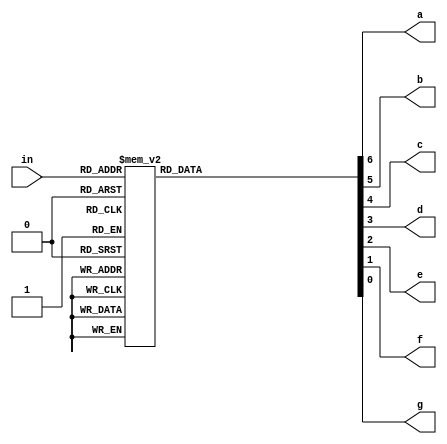
module sevenDisplay(in, a, b, c, d, e, f, g);

input [3:0] in;
output reg a, b, c, d, e, f, g;

always@(in)
begin
    case(in) 
        				            //abcdefg
		4'b0000: {a,b,c,d,e,f,g} = 7'b0000001; //0
		4'b0001: {a,b,c,d,e,f,g} = 7'b1001111; //1
		4'b0010: {a,b,c,d,e,f,g} = 7'b0010010; //2
		4'b0011: {a,b,c,d,e,f,g} = 7'b0000110; //3
		4'b0100: {a,b,c,d,e,f,g} = 7'b1001100; //4
		4'b0101: {a,b,c,d,e,f,g} = 7'b0100100; //5
		4'b0110: {a,b,c,d,e,f,g} = 7'b0100000; //6
		4'b0111: {a,b,c,d,e,f,g} = 7'b0001111; //7
		4'b1000: {a,b,c,d,e,f,g} = 7'b0000000; //8
		4'b1001: {a,b,c,d,e,f,g} = 7'b0000100; //9
		4'b1010: {a,b,c,d,e,f,g} = 7'b0001000; //10
		4'b1011: {a,b,c,d,e,f,g} = 7'b1100000; //11
		4'b1100: {a,b,c,d,e,f,g} = 7'b0110001; //12
		4'b1101: {a,b,c,d,e,f,g} = 7'b1000010; //13
		4'b1110: {a,b,c,d,e,f,g} = 7'b0110000; //14
		4'b1111: {a,b,c,d,e,f,g} = 7'b0111000; //15
    endcase
end
endmodule